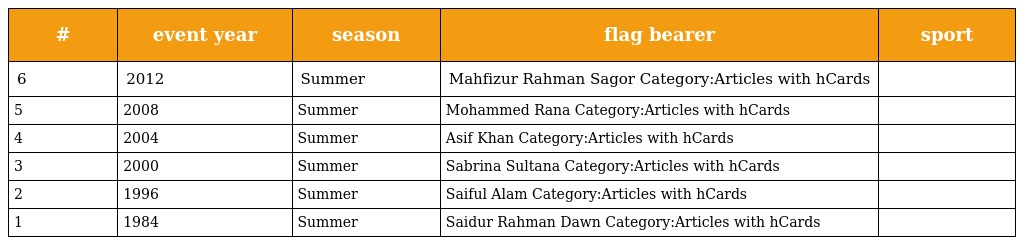
| # | event year | season | flag bearer | sport |
 | --- | --- | --- | --- | --- |
 | 6 | 2012 | Summer | Mahfizur Rahman Sagor Category:Articles with hCards |  |
 | 5 | 2008 | Summer | Mohammed Rana Category:Articles with hCards |  |
 | 4 | 2004 | Summer | Asif Khan Category:Articles with hCards |  |
 | 3 | 2000 | Summer | Sabrina Sultana Category:Articles with hCards |  |
 | 2 | 1996 | Summer | Saiful Alam Category:Articles with hCards |  |
 | 1 | 1984 | Summer | Saidur Rahman Dawn Category:Articles with hCards |  |